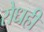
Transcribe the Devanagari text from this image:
रोधही